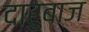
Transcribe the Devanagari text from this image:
दारुबाज